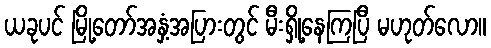
ယခုပင် မြို့တော်အနှံ့အပြားတွင် မီးရှို့နေကြပြီ မဟုတ်လော။